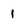
Character: I